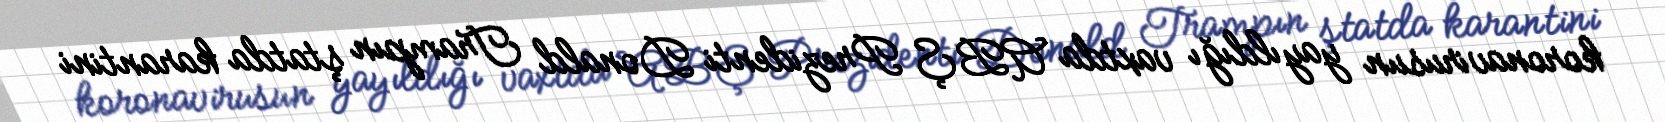
koronavirusun yayıldığı vaxtda ABŞ Prezidenti Donald Trampın ştatda karantini